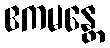
ဧကမန္တေ